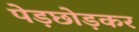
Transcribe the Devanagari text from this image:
पेड़छोड़कर